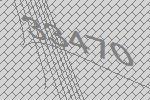
33470